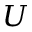
U